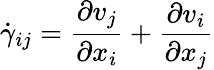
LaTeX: \dot{\gamma}_{ij}=\frac{\partial v_{j}}{\partial x_{i}}+\frac{\partial v_{i}}{\partial x_{j}}